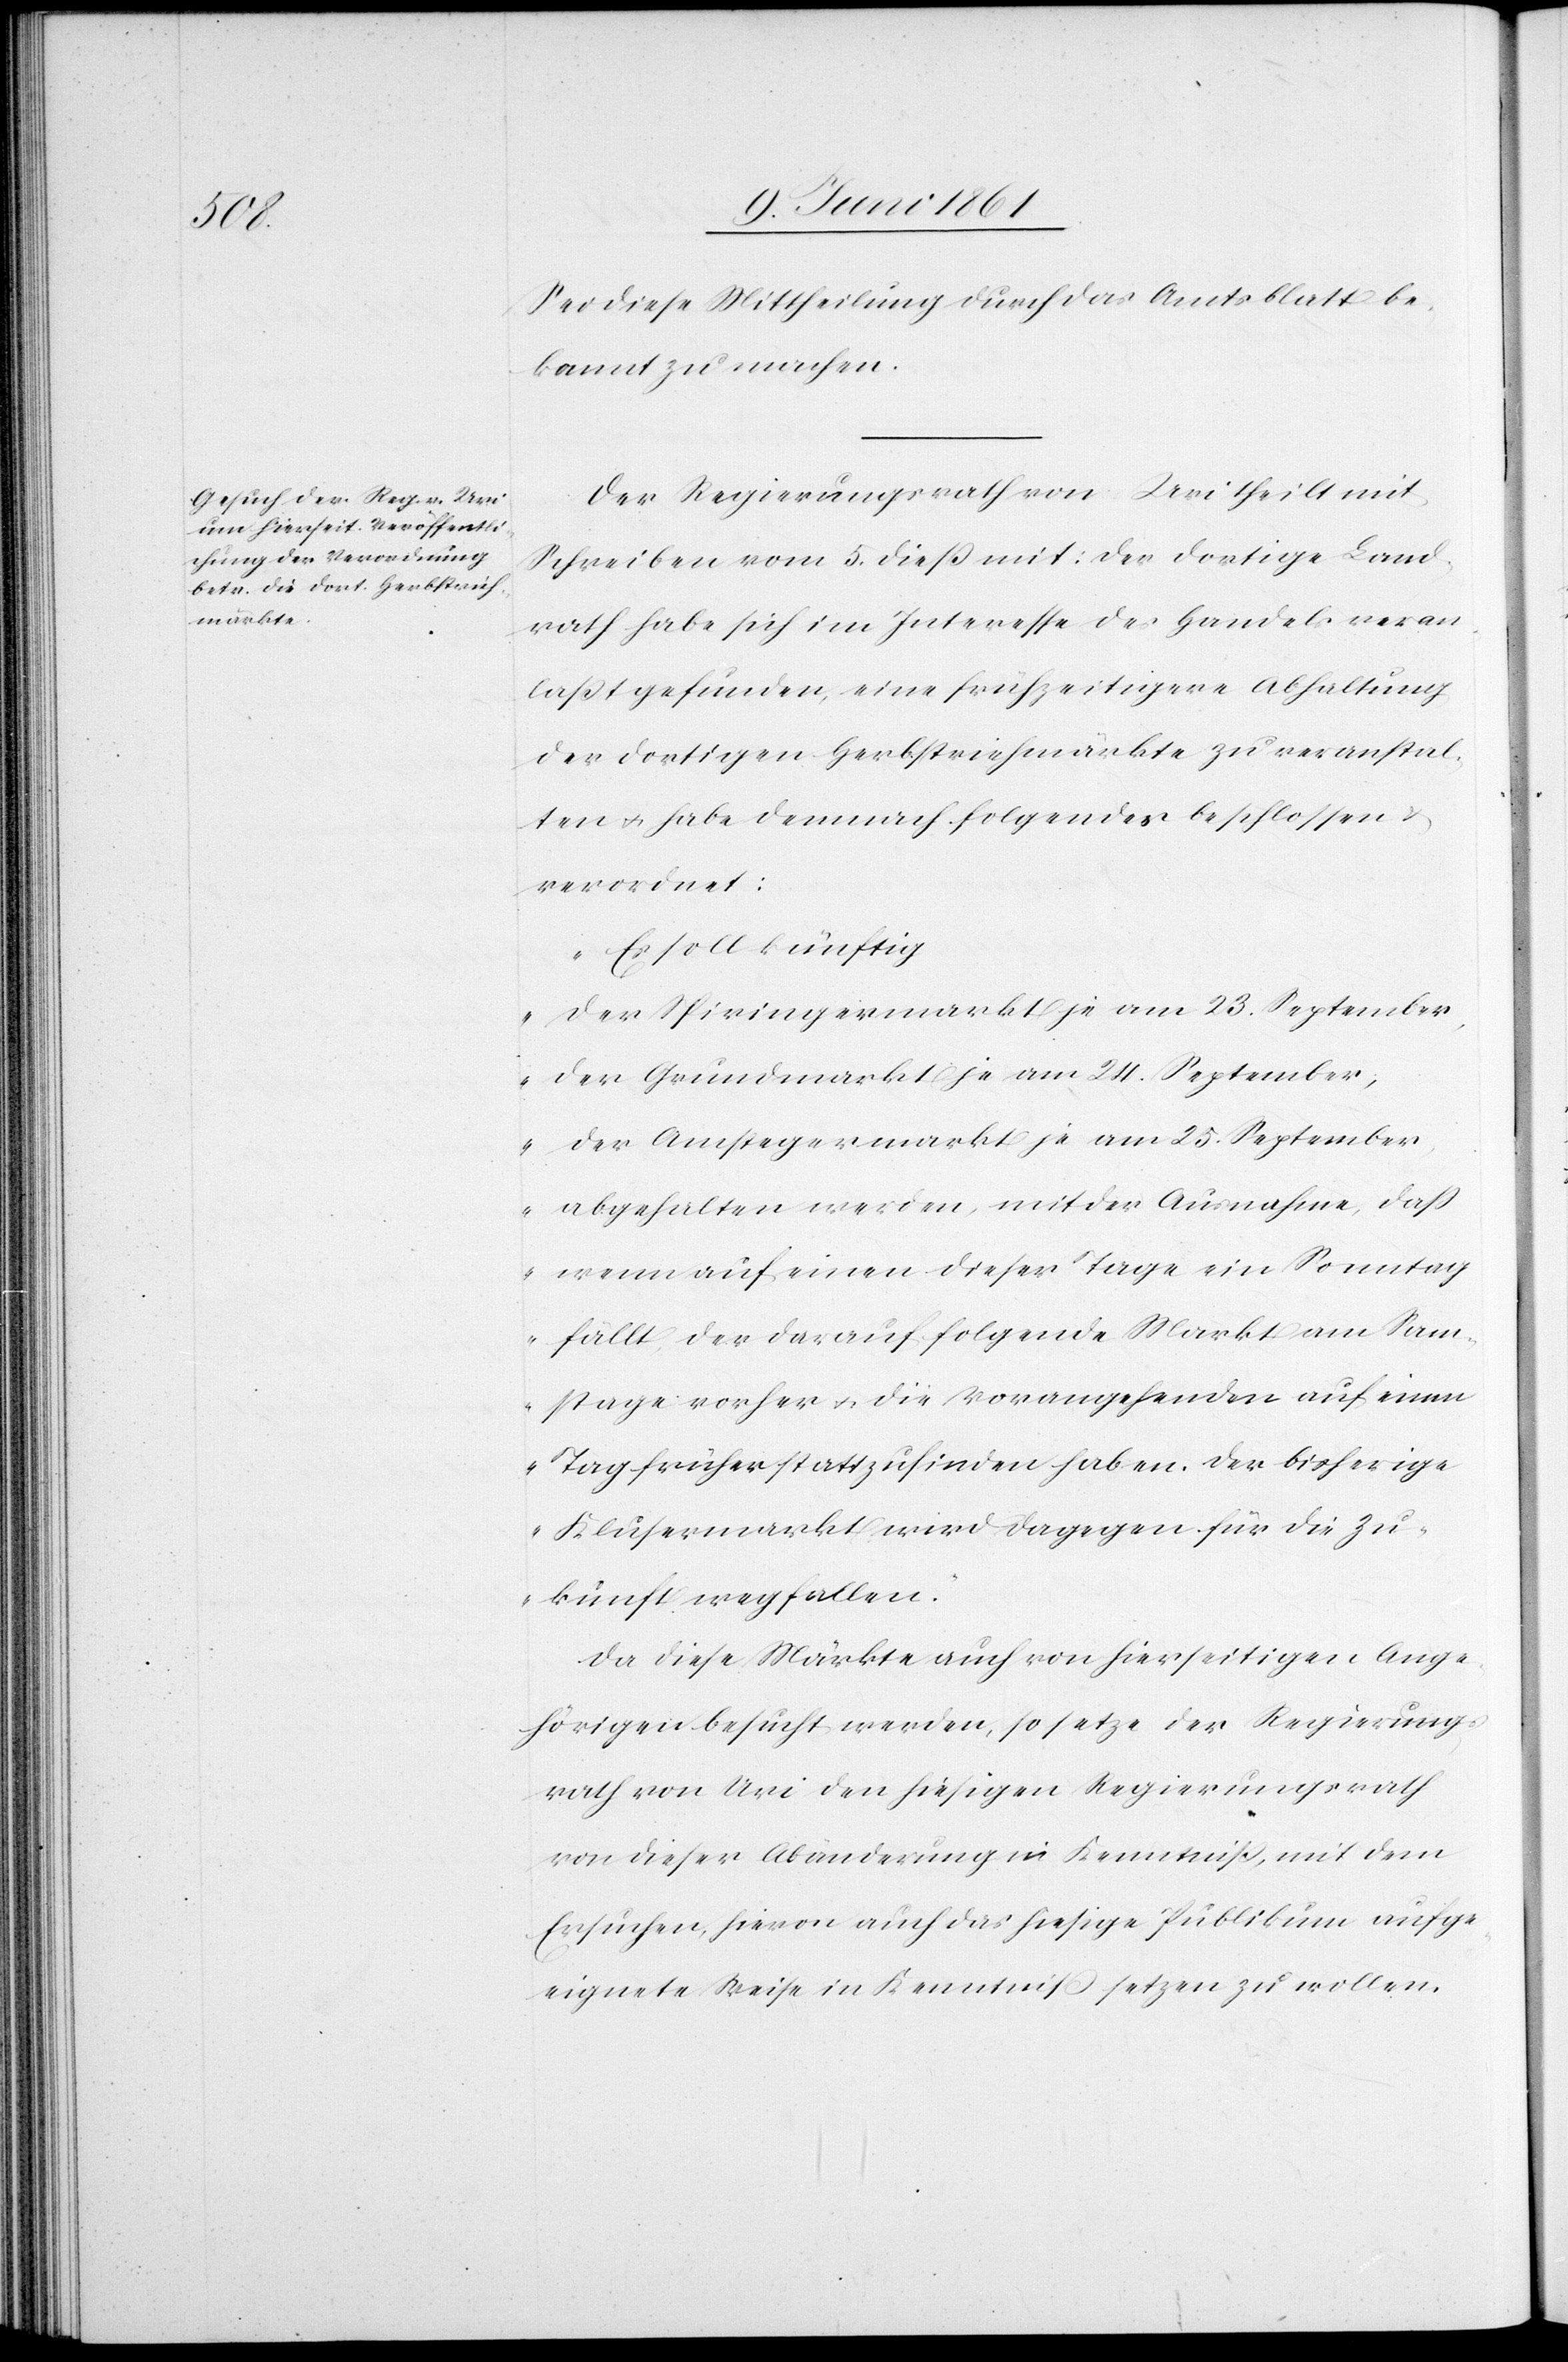
Sei diese Mittheilung durch das Amtsblatt be¬
kannt zu machen.
Der Regierungsrath von Uri theilt mit
Schreiben vom 5. diess mit: der dortige Land¬
rath habe sich im Interesse des Handels veran¬
lasst gefunden, eine frühzeitigere Abhaltung
der dortigen Herbstviehmärkte zu veranstal¬
ten u. habe demnach folgendes beschlossen u.
verordnet:
„Es soll künftig
der Spiringermarkt je am 23. September,
der Grundmarkt je am 24. September,
der Amstegmarkt je am 25. September
abgehalten werden, mit der Ausnahme, dass
wenn auf einen dieser Tage ein Sonntag
fällt, der darauf folgende Markt am Sam¬
stage vorher u. die Vorangehenden auf einen
Tag früher statt zu finden haben. Der bisherige
Klusermarkt wird dagegen für die Zu¬
kunft wegfallen.“
Da diese Märkte auch von hierseitigen Ange¬
hörigen besucht werden, so setze der Regierungs¬
rath von Uri den hiesigen Regierungsrath
von dieser Abänderung in Kenntniss, mit dem
Ersuchen, hievon auch das hiesige Publikum auf ge¬
eignete Weise in Kenntniss setzen zu wollen.